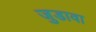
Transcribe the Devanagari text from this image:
जुडावा